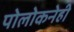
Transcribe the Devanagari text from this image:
पोलोकनेही